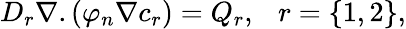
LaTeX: D_{r}\nabla.\left(\varphi_{n}\nabla c_{r}\right)=Q_{r},~~~r=\{ 1,2\} ,